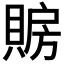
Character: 𲂱